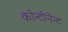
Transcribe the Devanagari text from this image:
कोन्टीनेन्ट